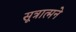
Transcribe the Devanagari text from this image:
सूत्रात्मने